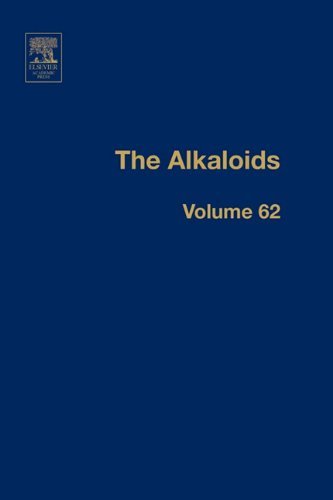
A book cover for Alkaloids, Volume 62 Chemistry and Biology [Academic Press,2005] [Hardcover]; Science & Math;